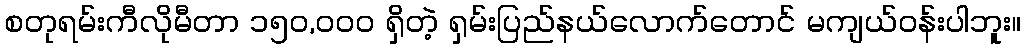
စတုရမ်းကီလိုမီတာ ၁၅၀,၀၀၀ ရှိတဲ့ ရှမ်းပြည်နယ်လောက်တောင် မကျယ်ဝန်းပါဘူး။